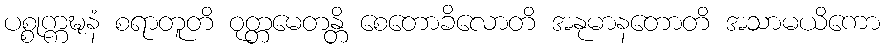
ပစ္စုက္ကဍ္ဎနံ စရာတူတိ ဝုတ္တမေတန္တိ စေတောခိလောတိ အနုမာနတောတိ အသာမယိကော